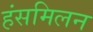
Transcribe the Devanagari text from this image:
हंसमिलन